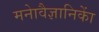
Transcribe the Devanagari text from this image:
मनाेवैज्ञानिकाें